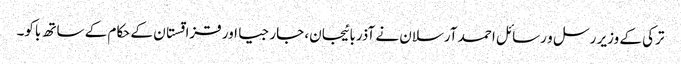
ترکی کے وزیر رسل و رسائل احمد آرسلان نے آذربائیجان، جارجیا اور قزاقستان کے حکام کے ساتھ باکو۔